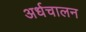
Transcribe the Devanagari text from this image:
अर्धचालन